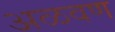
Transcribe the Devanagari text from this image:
अळवण